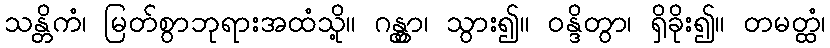
သန္တိကံ၊ မြတ်စွာဘုရားအထံသို့။ ဂန္တွာ၊ သွား၍။ ဝန္ဒိတွာ၊ ရှိခိုး၍။ တမတ္ထံ၊